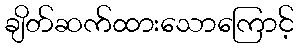
ချိတ်ဆက်ထားသောကြောင့်